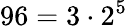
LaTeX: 96=3\cdot 2^{5}